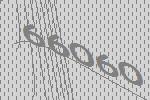
66060